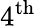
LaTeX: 4^{\mathrm{th}}